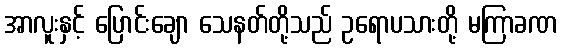
အာလူးနှင့် ပြောင်းချော သေနတ်တို့သည် ဥရောပသားတို့ မကြာခဏ